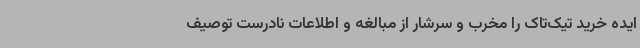
ایده خرید تیک‌تاک را مخرب و سرشار از مبالغه و اطلاعات نادرست توصیف